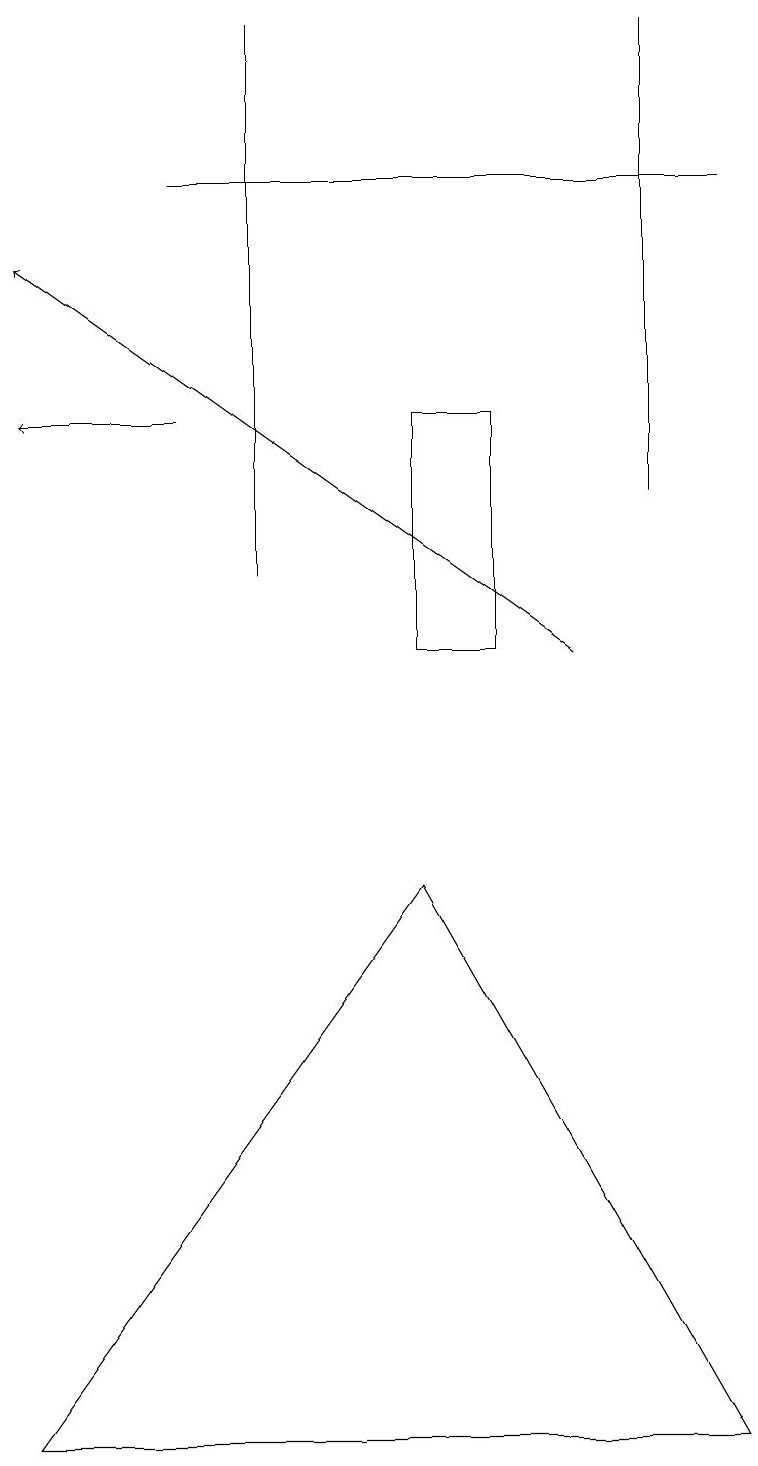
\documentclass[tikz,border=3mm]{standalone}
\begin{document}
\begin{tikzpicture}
\draw (3,19) rectangle (3,12);
\draw (6,14) rectangle (5,11);
\draw[->] (7,11) -- (0,16);
\draw (8,19) rectangle (8,13);
\draw[->] (2,14) -- (0,14);
\draw (9,1) -- (0,1) -- (5,8) -- cycle;
\draw (2,17) rectangle (9,17);
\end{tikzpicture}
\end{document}